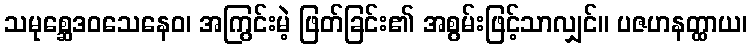
သမုစ္ဆေဒဝသေနေဝ၊ အကြွင်းမဲ့ ဖြတ်ခြင်း၏ အစွမ်းဖြင့်သာလျှင်။ ပဇဟနတ္ထာယ၊